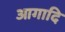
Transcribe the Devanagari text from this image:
आगादि